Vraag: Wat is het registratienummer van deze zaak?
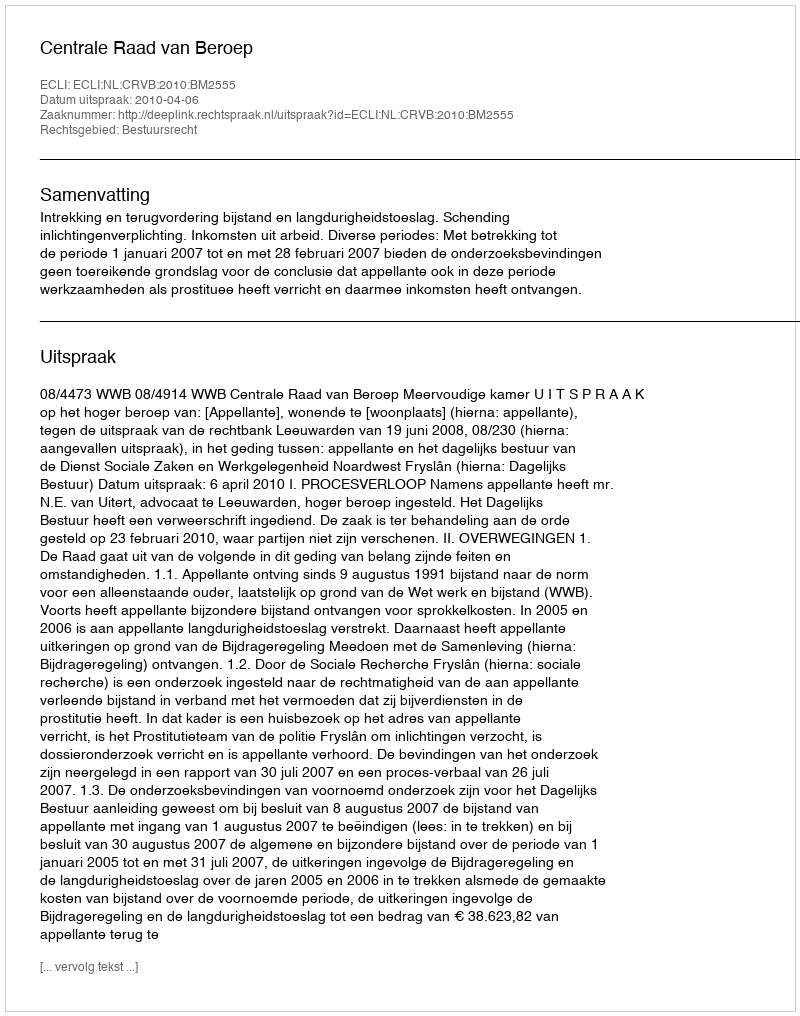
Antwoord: http://deeplink.rechtspraak.nl/uitspraak?id=ECLI:NL:CRVB:2010:BM2555